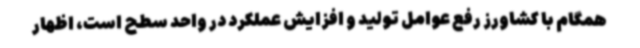
همگام با کشاورز رفع عوامل تولید و افزایش عملکرد در واحد سطح است، اظهار